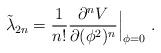
\begin{align*}\tilde\lambda_{2n}={1\over n!}{\partial^n V\over\partial (\phi^2)^n}\Big|_{\phi=0}\ .\end{align*}